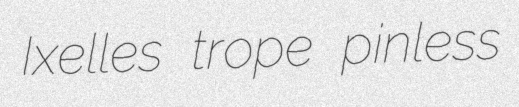
Ixelles trope pinless